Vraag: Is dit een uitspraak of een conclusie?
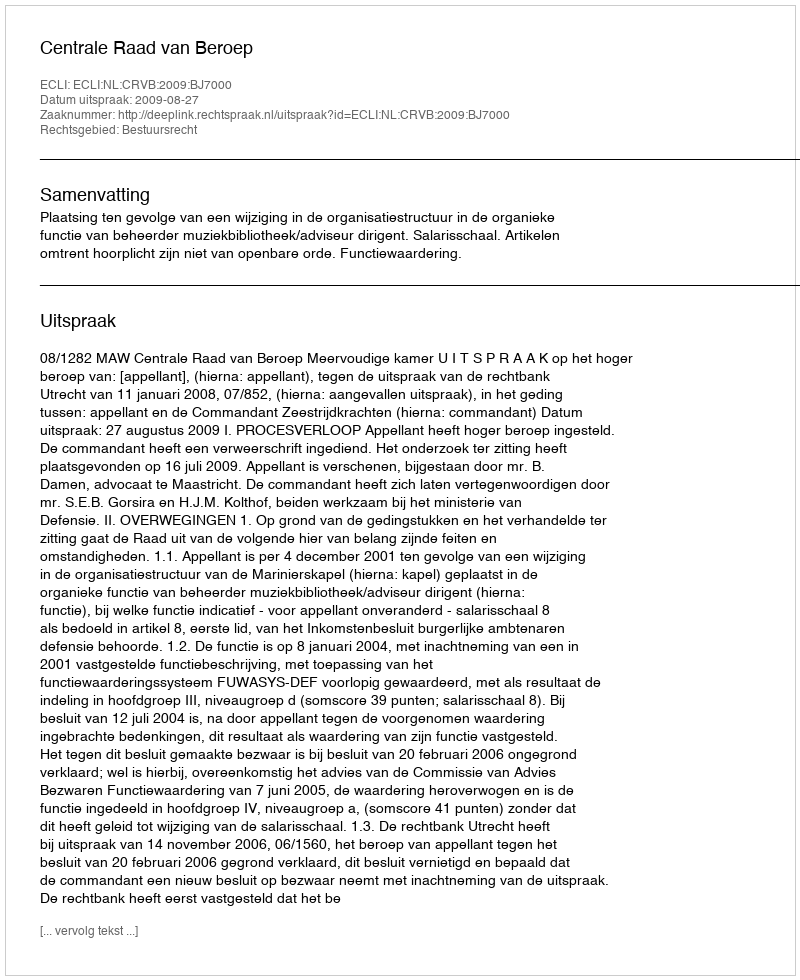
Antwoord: Uitspraak